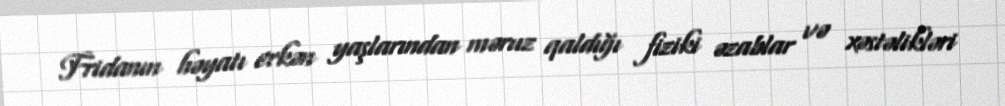
Fridanın həyatı erkən yaşlarından məruz qaldığı fiziki əzablar və xəstəlikləri